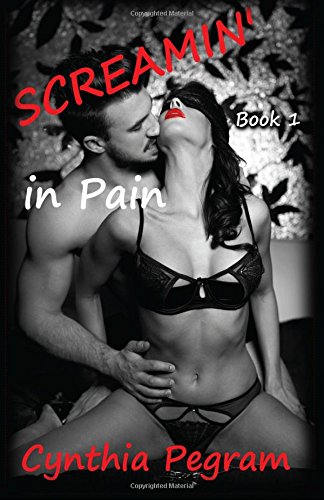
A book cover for SCREAMIN' in Pain (Volume 1); Cynthia L Pegram; Romance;